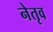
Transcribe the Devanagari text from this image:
नेतृव